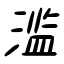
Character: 濫